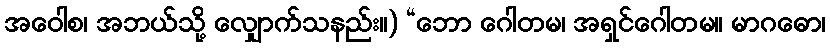
အဝေါစ၊ အဘယ်သို့ လျှောက်သနည်း။) “ဘော ဂေါတမ၊ အရှင်ဂေါတမ။ မာဂဓော၊